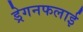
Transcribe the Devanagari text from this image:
ड्रेगनफलाई